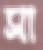
সা